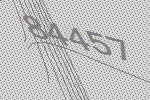
84457